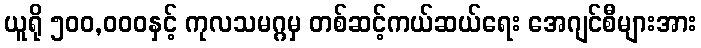
ယူရို ၅၀၀,၀၀၀နှင့် ကုလသမဂ္ဂမှ တစ်ဆင့်ကယ်ဆယ်ရေး အေဂျင်စီများအား